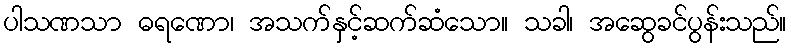
ပါသဏသာ ဓရဏော၊ အသက်နှင့်ဆက်ဆံသော။ သခါ၊ အဆွေခင်ပွန်းသည်။